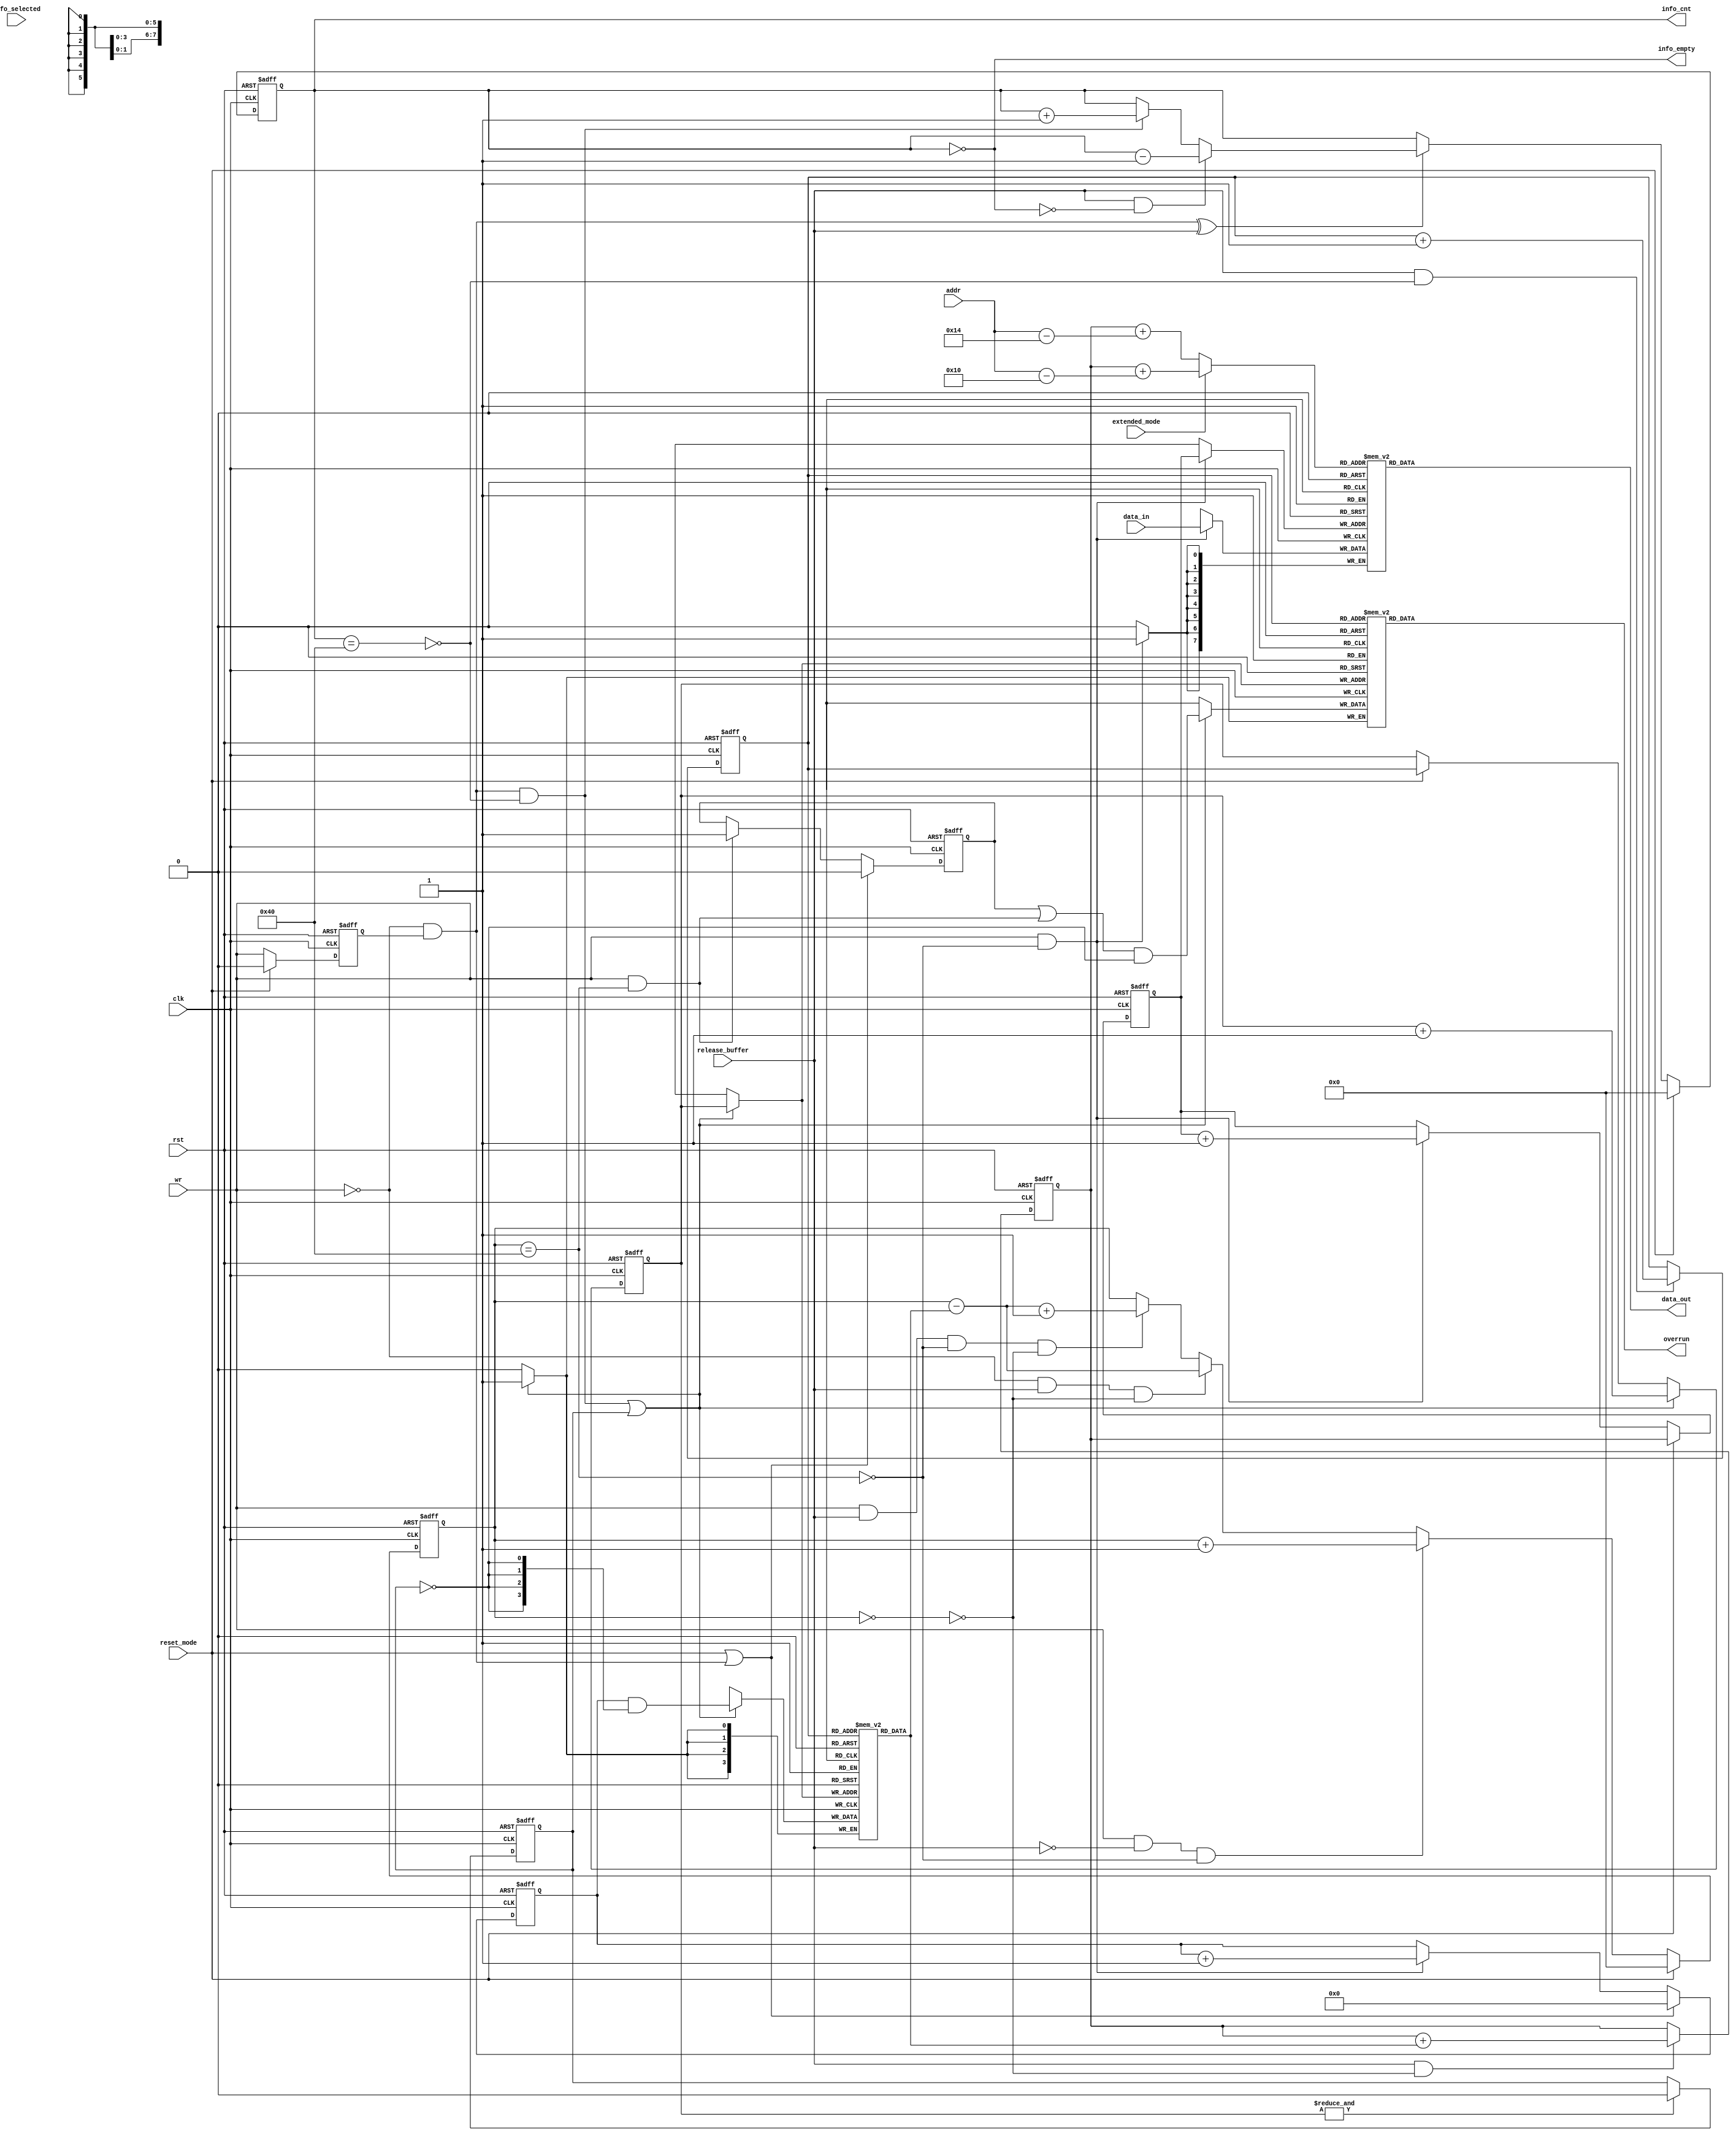
//////////////////////////////////////////////////////////////////////
////                                                              ////
////  can_fifo.v                                                  ////
////                                                              ////
////                                                              ////
////  This file is part of the CAN Protocol Controller            ////
////  http://www.opencores.org/projects/can/                      ////
////                                                              ////
////                                                              ////
////  Author(s):                                                  ////
////       Igor Mohor                                             ////
////       igorm@opencores.org                                    ////
////                                                              ////
////                                                              ////
////  All additional information is available in the README.txt   ////
////  file.                                                       ////
////                                                              ////
//////////////////////////////////////////////////////////////////////
////                                                              ////
//// Copyright (C) 2002, 2003, 2004 Authors                       ////
////                                                              ////
//// This source file may be used and distributed without         ////
//// restriction provided that this copyright statement is not    ////
//// removed from the file and that any derivative work contains  ////
//// the original copyright notice and the associated disclaimer. ////
////                                                              ////
//// This source file is free software; you can redistribute it   ////
//// and/or modify it under the terms of the GNU Lesser General   ////
//// Public License as published by the Free Software Foundation; ////
//// either version 2.1 of the License, or (at your option) any   ////
//// later version.                                               ////
////                                                              ////
//// This source is distributed in the hope that it will be       ////
//// useful, but WITHOUT ANY WARRANTY; without even the implied   ////
//// warranty of MERCHANTABILITY or FITNESS FOR A PARTICULAR      ////
//// PURPOSE.  See the GNU Lesser General Public License for more ////
//// details.                                                     ////
////                                                              ////
//// You should have received a copy of the GNU Lesser General    ////
//// Public License along with this source; if not, download it   ////
//// from http://www.opencores.org/lgpl.shtml                     ////
////                                                              ////
//// The CAN protocol is developed by Robert Bosch GmbH and       ////
//// protected by patents. Anybody who wants to implement this    ////
//// CAN IP core on silicon has to obtain a CAN protocol license  ////
//// from Bosch.                                                  ////
////                                                              ////
//////////////////////////////////////////////////////////////////////
//
// CVS Revision History
//
// $Log: not supported by cvs2svn $
// Revision 1.27  2004/11/18 12:39:34  igorm
// Fixes for compatibility after the SW reset.
//
// Revision 1.26  2004/02/08 14:30:57  mohor
// Header changed.
//
// Revision 1.25  2003/10/23 16:52:17  mohor
// Active high/low problem when Altera devices are used. Bug fixed by
// Rojhalat Ibrahim.
//
// Revision 1.24  2003/10/17 05:55:20  markom
// mbist signals updated according to newest convention
//
// Revision 1.23  2003/09/05 12:46:41  mohor
// ALTERA_RAM supported.
//
// Revision 1.22  2003/08/20 09:59:16  mohor
// Artisan RAM fixed (when not using BIST).
//
// Revision 1.21  2003/08/14 16:04:52  simons
// Artisan ram instances added.
//
// Revision 1.20  2003/07/16 14:00:45  mohor
// Fixed according to the linter.
//
// Revision 1.19  2003/07/03 09:30:44  mohor
// PCI_BIST replaced with CAN_BIST.
//
// Revision 1.18  2003/06/27 22:14:23  simons
// Overrun fifo implemented with FFs, because it is not possible to create such a memory.
//
// Revision 1.17  2003/06/27 20:56:15  simons
// Virtual silicon ram instances added.
//
// Revision 1.16  2003/06/18 23:03:44  mohor
// Typo fixed.
//
// Revision 1.15  2003/06/11 09:37:05  mohor
// overrun and length_info fifos are initialized at the end of reset.
//
// Revision 1.14  2003/03/05 15:02:30  mohor
// Xilinx RAM added.
//
// Revision 1.13  2003/03/01 22:53:33  mohor
// Actel APA ram supported.
//
// Revision 1.12  2003/02/19 14:44:03  mohor
// CAN core finished. Host interface added. Registers finished.
// Synchronization to the wishbone finished.
//
// Revision 1.11  2003/02/14 20:17:01  mohor
// Several registers added. Not finished, yet.
//
// Revision 1.10  2003/02/11 00:56:06  mohor
// Wishbone interface added.
//
// Revision 1.9  2003/02/09 02:24:33  mohor
// Bosch license warning added. Error counters finished. Overload frames
// still need to be fixed.
//
// Revision 1.8  2003/01/31 01:13:38  mohor
// backup.
//
// Revision 1.7  2003/01/17 17:44:31  mohor
// Fifo corrected to be synthesizable.
//
// Revision 1.6  2003/01/15 13:16:47  mohor
// When a frame with "remote request" is received, no data is stored
// to fifo, just the frame information (identifier, ...). Data length
// that is stored is the received data length and not the actual data
// length that is stored to fifo.
//
// Revision 1.5  2003/01/14 17:25:09  mohor
// Addresses corrected to decimal values (previously hex).
//
// Revision 1.4  2003/01/14 12:19:35  mohor
// rx_fifo is now working.
//
// Revision 1.3  2003/01/09 21:54:45  mohor
// rx fifo added. Not 100 % verified, yet.
//
// Revision 1.2  2003/01/09 14:46:58  mohor
// Temporary files (backup).
//
// Revision 1.1  2003/01/08 02:10:55  mohor
// Acceptance filter added.
//
//
//
//

// synopsys translate_off
//////////////////////////////////////////////////////////////////////
////                                                              ////
////  timescale.v                                                 ////
////                                                              ////
////                                                              ////
////  This file is part of the CAN Protocol Controller            ////
////  http://www.opencores.org/projects/can/                      ////
////                                                              ////
////                                                              ////
////  Author(s):                                                  ////
////       Igor Mohor                                             ////
////       igorm@opencores.org                                    ////
////                                                              ////
////                                                              ////
////  All additional information is available in the README.txt   ////
////  file.                                                       ////
////                                                              ////
//////////////////////////////////////////////////////////////////////
////                                                              ////
//// Copyright (C) 2002, 2003 Authors                             ////
////                                                              ////
//// This source file may be used and distributed without         ////
//// restriction provided that this copyright statement is not    ////
//// removed from the file and that any derivative work contains  ////
//// the original copyright notice and the associated disclaimer. ////
////                                                              ////
//// This source file is free software; you can redistribute it   ////
//// and/or modify it under the terms of the GNU Lesser General   ////
//// Public License as published by the Free Software Foundation; ////
//// either version 2.1 of the License, or (at your option) any   ////
//// later version.                                               ////
////                                                              ////
//// This source is distributed in the hope that it will be       ////
//// useful, but WITHOUT ANY WARRANTY; without even the implied   ////
//// warranty of MERCHANTABILITY or FITNESS FOR A PARTICULAR      ////
//// PURPOSE.  See the GNU Lesser General Public License for more ////
//// details.                                                     ////
////                                                              ////
//// You should have received a copy of the GNU Lesser General    ////
//// Public License along with this source; if not, download it   ////
//// from http://www.opencores.org/lgpl.shtml                     ////
////                                                              ////
//// The CAN protocol is developed by Robert Bosch GmbH and       ////
//// protected by patents. Anybody who wants to implement this    ////
//// CAN IP core on silicon has to obtain a CAN protocol license  ////
//// from Bosch.                                                  ////
////                                                              ////
//////////////////////////////////////////////////////////////////////
//
// CVS Revision History
//
// $Log: not supported by cvs2svn $
// Revision 1.2  2002/12/27 00:12:48  mohor
// Header changed, testbench improved to send a frame (crc still missing).
//
// Revision 1.1.1.1  2002/12/20 16:39:21  mohor
// Initial
//
//
//


`timescale 1ns/10ps
// synopsys translate_on
//////////////////////////////////////////////////////////////////////
////                                                              ////
////  can_defines.v                                               ////
////                                                              ////
////                                                              ////
////  This file is part of the CAN Protocol Controller            ////
////  http://www.opencores.org/projects/can/                      ////
////                                                              ////
////                                                              ////
////  Author(s):                                                  ////
////       Igor Mohor                                             ////
////       igorm@opencores.org                                    ////
////                                                              ////
////                                                              ////
////  All additional information is available in the README.txt   ////
////  file.                                                       ////
////                                                              ////
//////////////////////////////////////////////////////////////////////
////                                                              ////
//// Copyright (C) 2002, 2003, 2004 Authors                       ////
////                                                              ////
//// This source file may be used and distributed without         ////
//// restriction provided that this copyright statement is not    ////
//// removed from the file and that any derivative work contains  ////
//// the original copyright notice and the associated disclaimer. ////
////                                                              ////
//// This source file is free software; you can redistribute it   ////
//// and/or modify it under the terms of the GNU Lesser General   ////
//// Public License as published by the Free Software Foundation; ////
//// either version 2.1 of the License, or (at your option) any   ////
//// later version.                                               ////
////                                                              ////
//// This source is distributed in the hope that it will be       ////
//// useful, but WITHOUT ANY WARRANTY; without even the implied   ////
//// warranty of MERCHANTABILITY or FITNESS FOR A PARTICULAR      ////
//// PURPOSE.  See the GNU Lesser General Public License for more ////
//// details.                                                     ////
////                                                              ////
//// You should have received a copy of the GNU Lesser General    ////
//// Public License along with this source; if not, download it   ////
//// from http://www.opencores.org/lgpl.shtml                     ////
////                                                              ////
//// The CAN protocol is developed by Robert Bosch GmbH and       ////
//// protected by patents. Anybody who wants to implement this    ////
//// CAN IP core on silicon has to obtain a CAN protocol license  ////
//// from Bosch.                                                  ////
////                                                              ////
//////////////////////////////////////////////////////////////////////
//
// CVS Revision History
//
// $Log: not supported by cvs2svn $
// Revision 1.13  2004/02/08 14:28:03  mohor
// Header changed.
//
// Revision 1.12  2003/10/17 05:55:20  markom
// mbist signals updated according to newest convention
//
// Revision 1.11  2003/09/05 12:46:42  mohor
// ALTERA_RAM supported.
//
// Revision 1.10  2003/08/14 16:04:52  simons
// Artisan ram instances added.
//
// Revision 1.9  2003/06/27 20:56:15  simons
// Virtual silicon ram instances added.
//
// Revision 1.8  2003/06/09 11:32:36  mohor
// Ports added for the CAN_BIST.
//
// Revision 1.7  2003/03/20 16:51:55  mohor
// *** empty log message ***
//
// Revision 1.6  2003/03/12 04:19:13  mohor
// 8051 interface added (besides WISHBONE interface). Selection is made in
// can_defines.v file.
//
// Revision 1.5  2003/03/05 15:03:20  mohor
// Xilinx RAM added.
//
// Revision 1.4  2003/03/01 22:52:47  mohor
// Actel APA ram supported.
//
// Revision 1.3  2003/02/09 02:24:33  mohor
// Bosch license warning added. Error counters finished. Overload frames
// still need to be fixed.
//
// Revision 1.2  2002/12/27 00:12:52  mohor
// Header changed, testbench improved to send a frame (crc still missing).
//
// Revision 1.1.1.1  2002/12/20 16:39:21  mohor
// Initial
//
//
//


// Uncomment following line if you want to use WISHBONE interface. Otherwise
// 8051 interface is used.
// `define   CAN_WISHBONE_IF

// Uncomment following line if you want to use CAN in Actel APA devices (embedded memory used)
// `define   ACTEL_APA_RAM

// Uncomment following line if you want to use CAN in Altera devices (embedded memory used)
// `define   ALTERA_RAM

// Uncomment following line if you want to use CAN in Xilinx devices (embedded memory used)
// `define   XILINX_RAM

// Uncomment the line for the ram used in ASIC implementation
// `define   VIRTUALSILICON_RAM
// `define   ARTISAN_RAM

// Uncomment the following line when RAM BIST is needed (ASIC implementation)
//`define CAN_BIST                    // Bist (for ASIC implementation)

/* width of MBIST control bus */
//`define CAN_MBIST_CTRL_WIDTH 3

module can_fifo
( 
  clk,
  rst,

  wr,

  data_in,
  addr,
  data_out,
  fifo_selected,

  reset_mode,
  release_buffer,
  extended_mode,
  overrun,
  info_empty,
  info_cnt







);

parameter Tp = 1;

input         clk;
input         rst;
input         wr;
input   [7:0] data_in;
input   [5:0] addr;
input         reset_mode;
input         release_buffer;
input         extended_mode;
input         fifo_selected;

output  [7:0] data_out;
output        overrun;
output        info_empty;
output  [6:0] info_cnt;




















  reg     [7:0] fifo [0:63];
  reg     [3:0] length_fifo[0:63];
  reg           overrun_info[0:63];






reg     [5:0] rd_pointer;
reg     [5:0] wr_pointer;
reg     [5:0] read_address;
reg     [5:0] wr_info_pointer;
reg     [5:0] rd_info_pointer;
reg           wr_q;
reg     [3:0] len_cnt;
reg     [6:0] fifo_cnt;
reg     [6:0] info_cnt;
reg           latch_overrun;
reg           initialize_memories;

wire    [3:0] length_info;
wire          write_length_info;
wire          fifo_empty;
wire          fifo_full;
wire          info_full;

assign write_length_info = (~wr) & wr_q;

// Delayed write signal
always @ (posedge clk or posedge rst)
begin
  if (rst)
    wr_q <=#Tp 1'b0;
  else if (reset_mode)
    wr_q <=#Tp 1'b0;
  else
    wr_q <=#Tp wr;
end


// length counter
always @ (posedge clk or posedge rst)
begin
  if (rst)
    len_cnt <= 4'h0;
  else if (reset_mode | write_length_info)
    len_cnt <=#Tp 4'h0;
  else if (wr & (~fifo_full))
    len_cnt <=#Tp len_cnt + 1'b1;
end


// wr_info_pointer
always @ (posedge clk or posedge rst)
begin
  if (rst)
    wr_info_pointer <= 6'h0;
  else if (write_length_info & (~info_full) | initialize_memories)
    wr_info_pointer <=#Tp wr_info_pointer + 1'b1;
  else if (reset_mode)
    wr_info_pointer <=#Tp rd_info_pointer;
end



// rd_info_pointer
always @ (posedge clk or posedge rst)
begin
  if (rst)
    rd_info_pointer <= 6'h0;
  else if (release_buffer & (~info_full))
    rd_info_pointer <=#Tp rd_info_pointer + 1'b1;
end


// rd_pointer
always @ (posedge clk or posedge rst)
begin
  if (rst)
    rd_pointer <= 5'h0;
  else if (release_buffer & (~fifo_empty))
    rd_pointer <=#Tp rd_pointer + {2'h0, length_info};
end


// wr_pointer
always @ (posedge clk or posedge rst)
begin
  if (rst)
    wr_pointer <= 5'h0;
  else if (reset_mode)
    wr_pointer <=#Tp rd_pointer;
  else if (wr & (~fifo_full))
    wr_pointer <=#Tp wr_pointer + 1'b1;
end


// latch_overrun
always @ (posedge clk or posedge rst)
begin
  if (rst)
    latch_overrun <= 1'b0;
  else if (reset_mode | write_length_info)
    latch_overrun <=#Tp 1'b0;
  else if (wr & fifo_full)
    latch_overrun <=#Tp 1'b1;
end


// Counting data in fifo
always @ (posedge clk or posedge rst)
begin
  if (rst)
    fifo_cnt <= 7'h0;
  else if (reset_mode)
    fifo_cnt <=#Tp 7'h0;
  else if (wr & (~release_buffer) & (~fifo_full))
    fifo_cnt <=#Tp fifo_cnt + 1'b1;
  else if ((~wr) & release_buffer & (~fifo_empty))
    fifo_cnt <=#Tp fifo_cnt - {3'h0, length_info};
  else if (wr & release_buffer & (~fifo_full) & (~fifo_empty))
    fifo_cnt <=#Tp fifo_cnt - {3'h0, length_info} + 1'b1;
end

assign fifo_full = fifo_cnt == 7'd64;
assign fifo_empty = fifo_cnt == 7'd0;


// Counting data in length_fifo and overrun_info fifo
always @ (posedge clk or posedge rst)
begin
  if (rst)
    info_cnt <=#Tp 7'h0;
  else if (reset_mode)
    info_cnt <=#Tp 7'h0;
  else if (write_length_info ^ release_buffer)
    begin
      if (release_buffer & (~info_empty))
        info_cnt <=#Tp info_cnt - 1'b1;
      else if (write_length_info & (~info_full))
        info_cnt <=#Tp info_cnt + 1'b1;
    end
end
        
assign info_full = info_cnt == 7'd64;
assign info_empty = info_cnt == 7'd0;


// Selecting which address will be used for reading data from rx fifo
always @ (extended_mode or rd_pointer or addr)
begin
  if (extended_mode)      // extended mode
    read_address = rd_pointer + (addr - 6'd16);
  else                    // normal mode
    read_address = rd_pointer + (addr - 6'd20);
end


always @ (posedge clk or posedge rst)
begin
  if (rst)
    initialize_memories <= 1'b1;
  else if (&wr_info_pointer)
    initialize_memories <=#Tp 1'b0;
end






































































































































































































































































































  // writing data to fifo
  always @ (posedge clk)
  begin
    if (wr & (~fifo_full))
      fifo[wr_pointer] <=#Tp data_in;
  end

  // reading from fifo
  assign data_out = fifo[read_address];


  // writing length_fifo
  always @ (posedge clk)
  begin
    if (write_length_info & (~info_full) | initialize_memories)
      length_fifo[wr_info_pointer] <=#Tp len_cnt & {4{~initialize_memories}};
  end


  // reading length_fifo
  assign length_info = length_fifo[rd_info_pointer];

  // overrun_info
  always @ (posedge clk)
  begin
    if (write_length_info & (~info_full) | initialize_memories)
      overrun_info[wr_info_pointer] <=#Tp (latch_overrun | (wr & fifo_full)) & (~initialize_memories);
  end
  
  
  // reading overrun
  assign overrun = overrun_info[rd_info_pointer];












endmodule